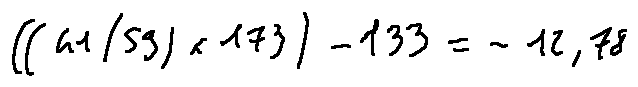
( ( 4 1 / 5 9 ) \times 1 7 3 ) - 1 3 3 = - 1 2 . 7 8